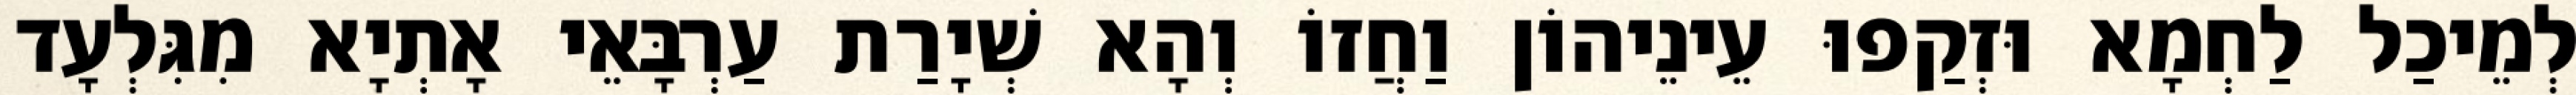
לְמֵיכַל לַחְמָא וּזְקַפוּ עֵינֵיהוֹן וַחֲזוֹ וְהָא שְׁיָרַת עַרְבָּאֵי אָתְיָא מִגִּלְעָד